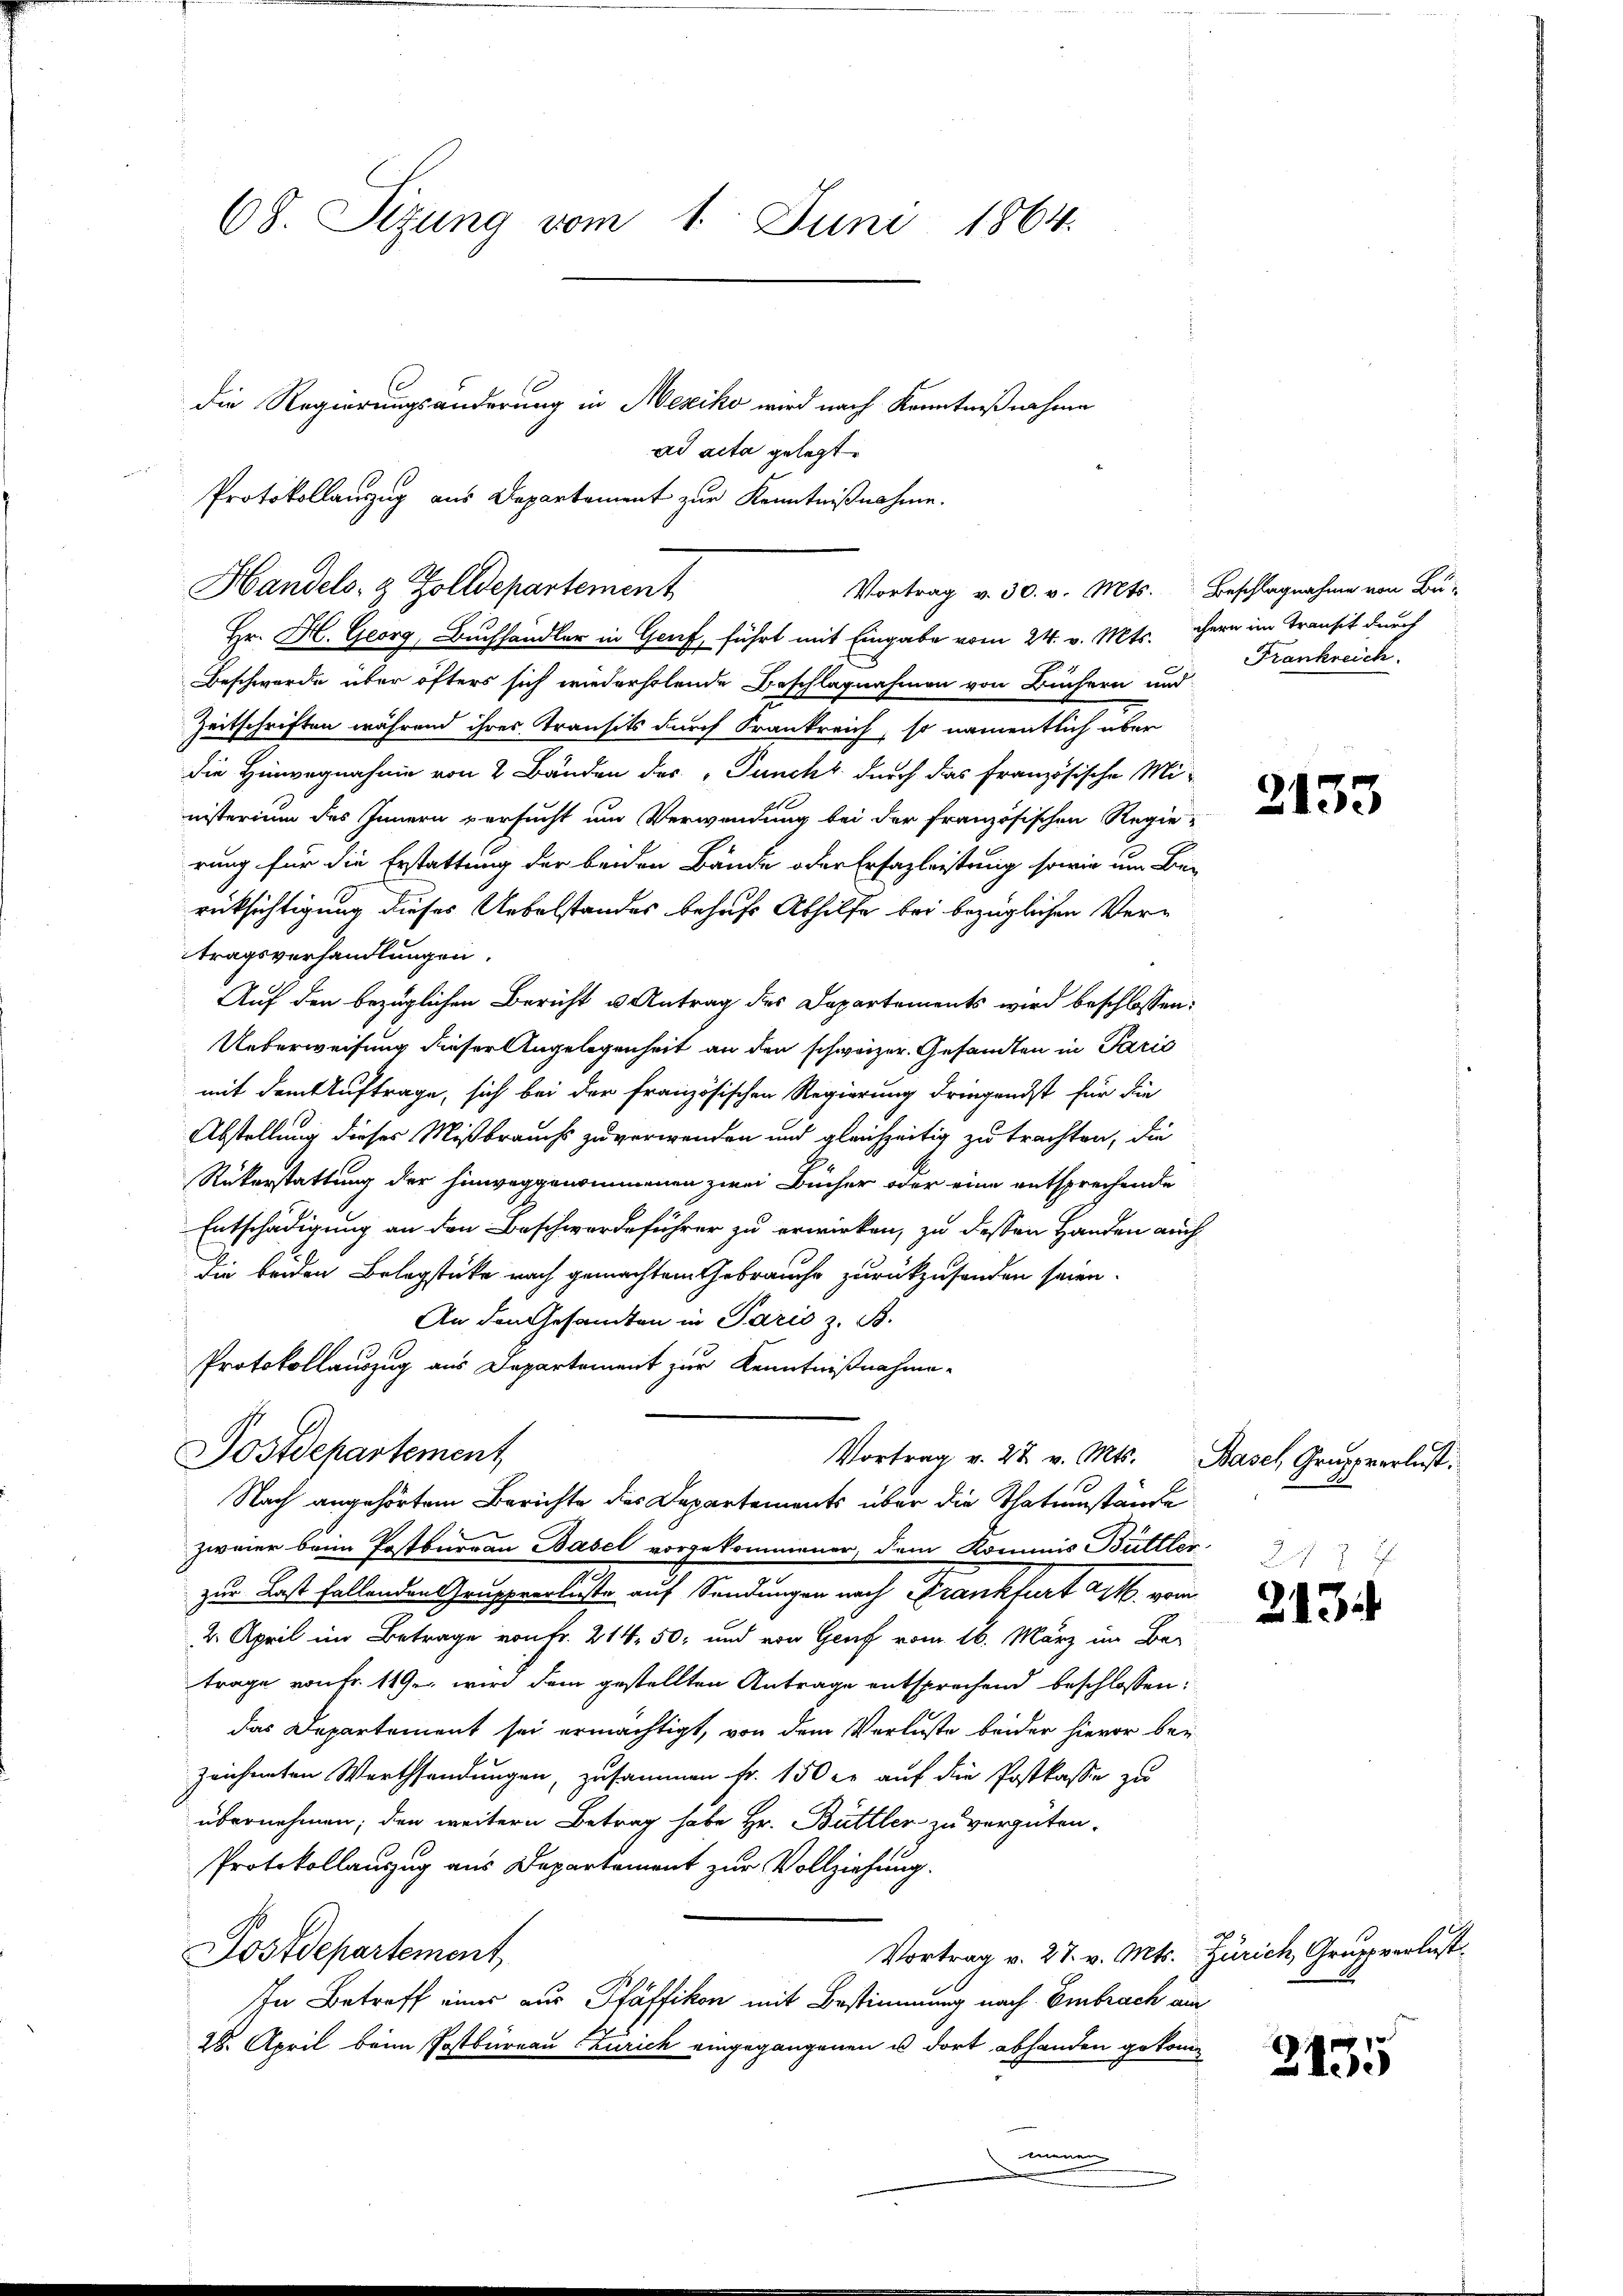
68. Sizung vom 1. Juni 1864.

Handels- & Zolldepartement
Vortrag v. 30. v. Mts. Beschlagnahme von Bü-

die Regierungsänderung in Mesiko wird nach Kenntnißnahme
ad acta gelegt.
Protokollauszug aus Departement zur Kenntnißnahme.

Hr. H. Georg, Buchhändler in Genf, führt mit Eingabe vom 24. v. Mts. gern im Transit durch
Beschwerde über öfters sich wiederholende Beschlagnahmen von Büchern und
Zeitschriften während ihres Transits durch Frankreich, so namentlich über
die Hinwegnahme von 2 Bänden des Puncht durch das französische Mi-
nisterium des Innern versucht um Verwendung bei der französischen Regie-
rung für die Erstattung der beiden Bände oder Ersazleistung sowie um Be-
rücksichtigung dieses Uebelstandes behufs Abhilfe bei bezüglichen Vertragsverhandlungen.
Auf den bezüglichen Bericht u Antrag des Departements wird beschlossen:
Ueberweisung dieser Angelegenheit an den schweizer Gesandten in Paris
mit dem Auftrage, sich bei der französischen Regierung dringendst für die
Abstellung dieses Mißbrauchs zu verwenden und gleichzeitig zu trachten, die
Rükerstattung der hinweggenommenen zwei Bücher oder eine entsprechende
Entschädigung an den Beschwerdeführer zu erwirken, zu dessen Handen auch
die beiden Belegstücke nach gemachtem Gebrauche zurückzusenden seien.
An den Gesandten in Paris z. B.
Protokollauszug aus Departement zur Kenntnißnahme
Postdepartement
Vortrag v. 27. v. Mts. Basch Gruppverlust.
Nach angehörtem Berichte des Departements über die Thatumstände
zweier beim Postburgau Basel vorgekommener, dem Kommis Bütller
zur Last fallenden Grupperluste auf Sendungen nach Krankfurt art. vom
2. April im Betrage von Fr. 214, 50, und von Genf vom 16. März im Be-
trage von Fr. 149. wird dem gestellten Antrage entsprechend beschlossen:
das Departement sei ermächtigt, von dem Verluste beider hievor bei
zeichneten Werthsendungen, zusammen fr. 150 l. auf die Postkasse zu
übernehmen; den weitern Betrag habe Hr. Büttler zu vergüten.
Protokollanzug aus Departement zur Vollziehung.
Vortrag v. 27. v. Mts. Zürich, Gruppverlust
Postdepartement,
In Betreff eines aus Pfäffikon mit Bestimmung nach Embrach am
28. April beim Postbüreau Zürich eingegangenen u. dort abhanden gekom
menen

Frankreich.

2133

213

2135